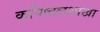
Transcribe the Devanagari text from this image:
कपिष्ठलशाखा